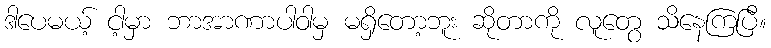
ဒါပေမယ့် ငါ့မှာ ဘာအာဏာပါဝါမှ မရှိတော့ဘူး ဆိုတာကို လူတွေ သိနေကြပြီ။